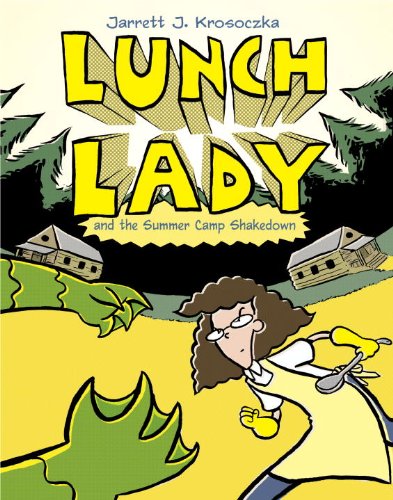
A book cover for Lunch Lady and the Summer Camp Shakedown: Lunch Lady #4; Jarrett J. Krosoczka; Comics & Graphic Novels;